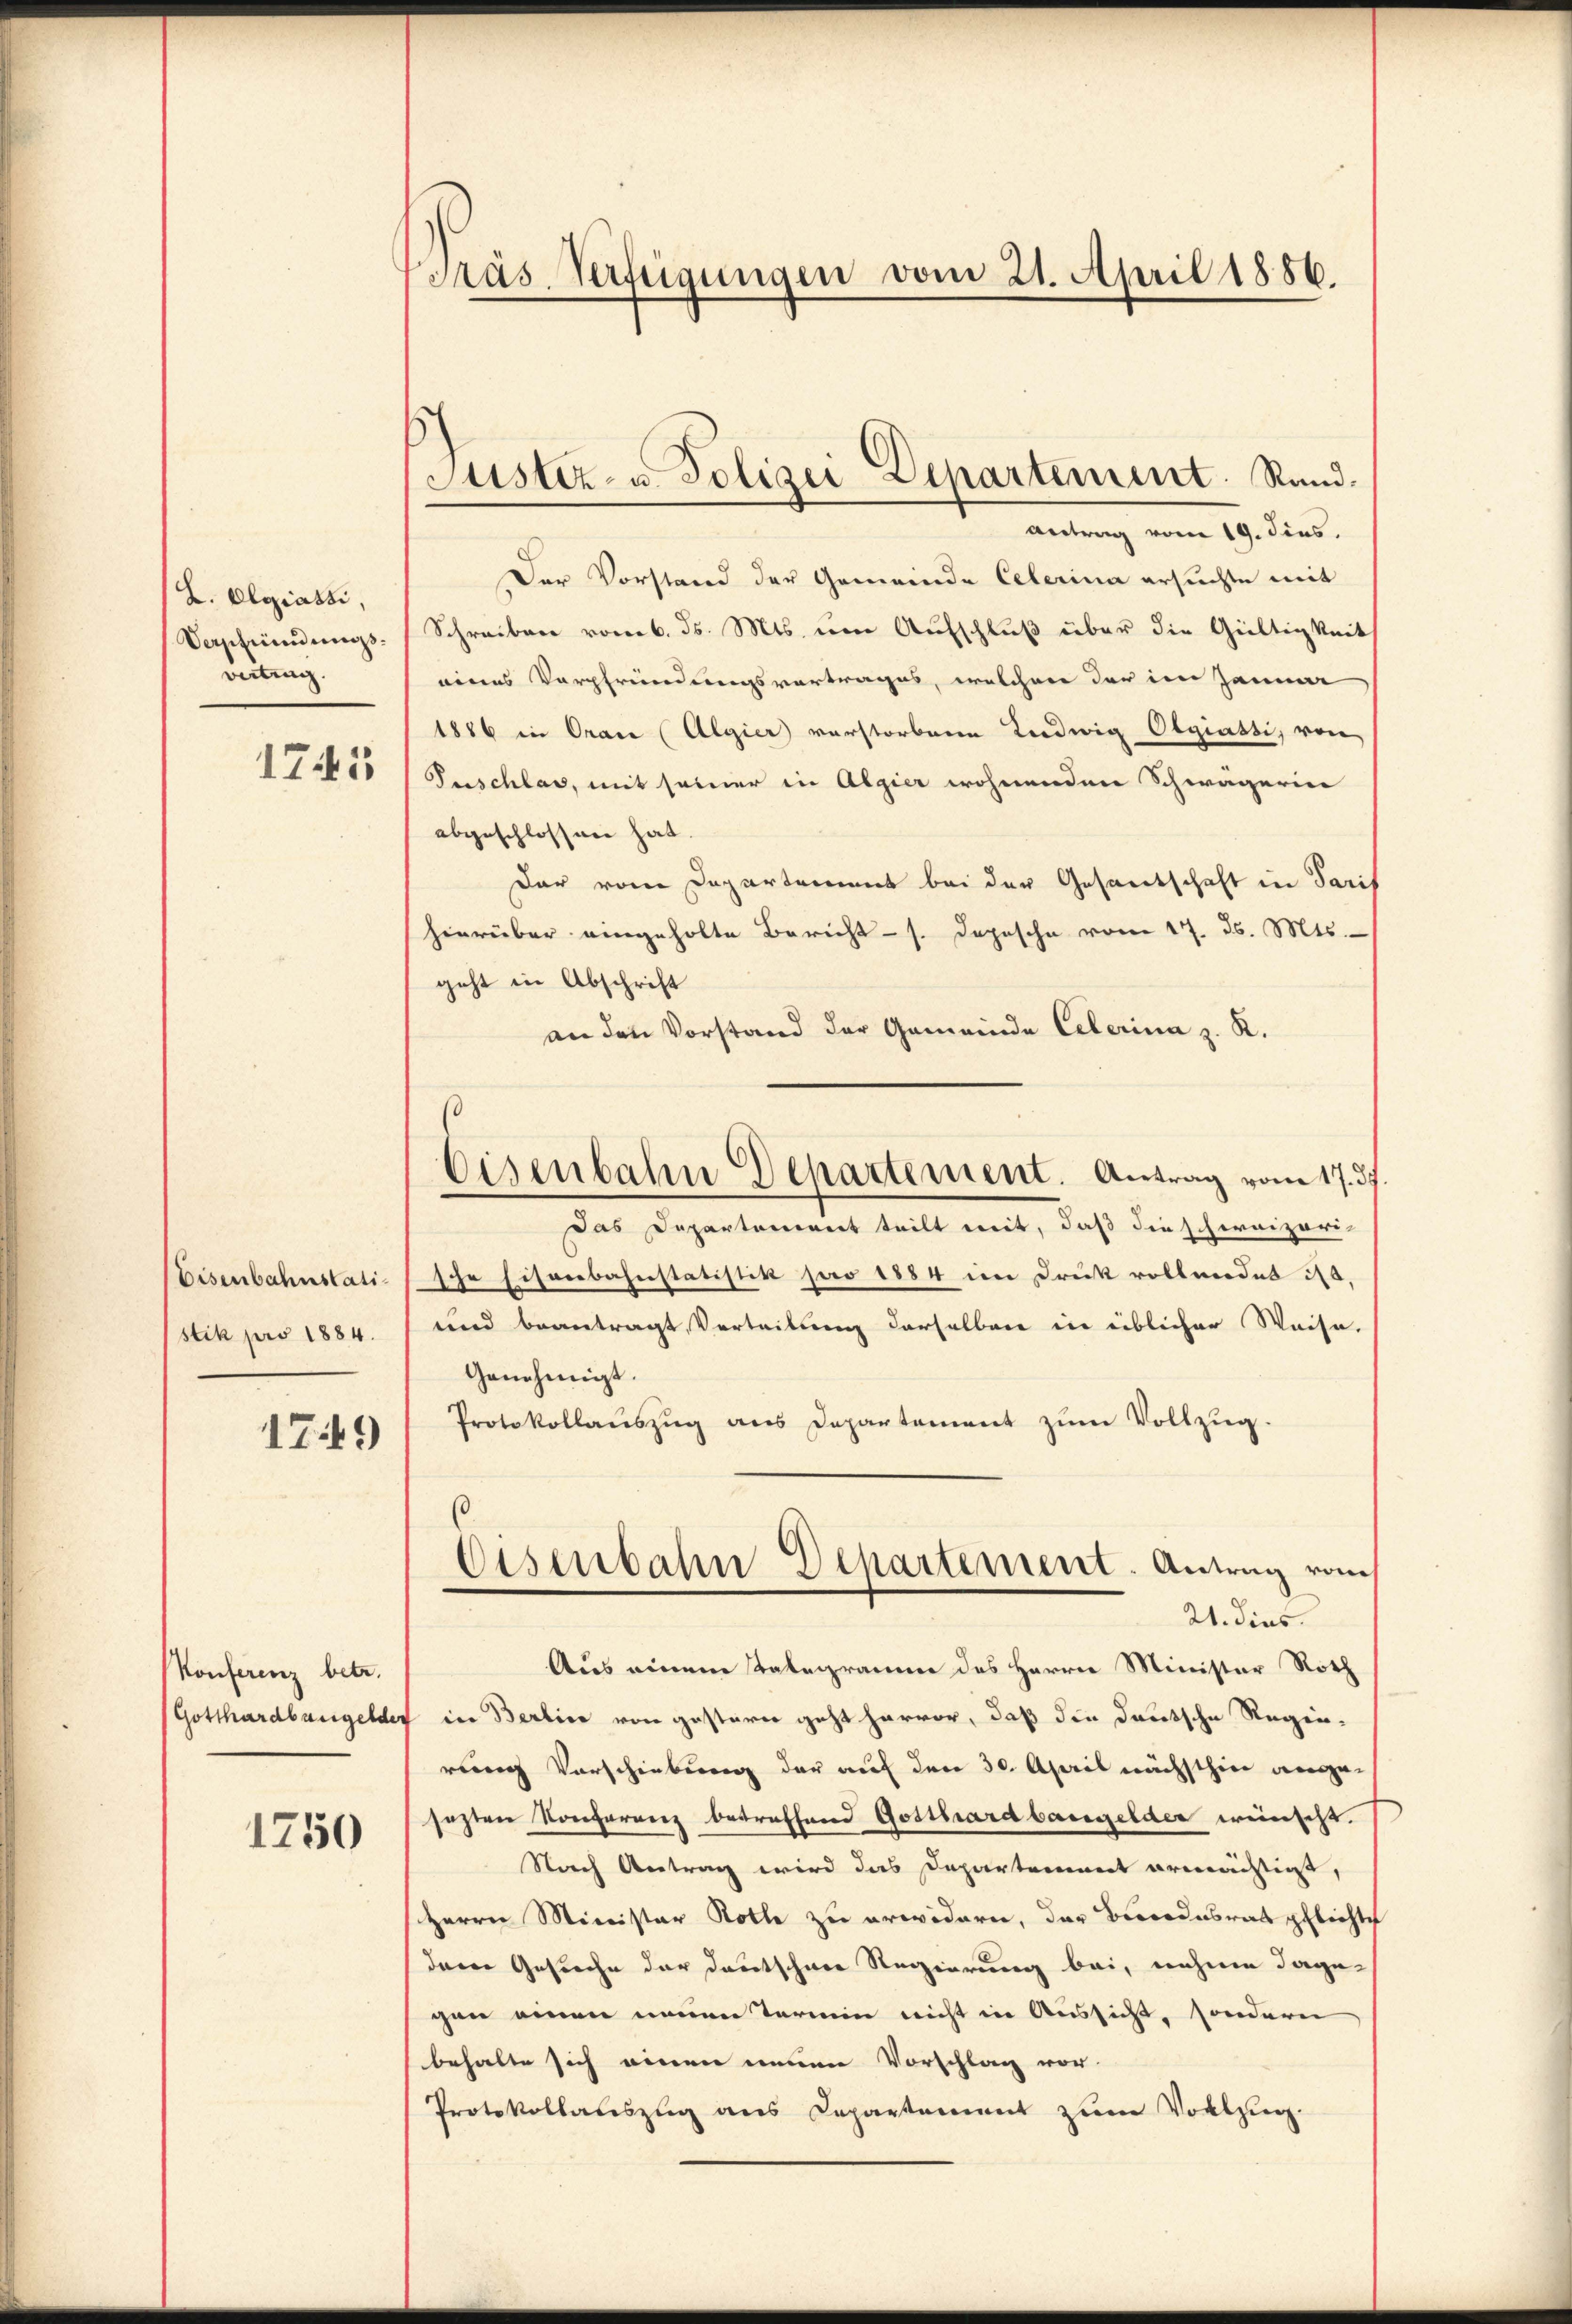
Z. Olgiassi,
Verschindungsvertrag.
1741

Eisenbahnstatistik pro 1884.

1749

Konferenz betr.
1250

Präs. Verfügungen vom 21. April 1886.

Justiz- u. Polizei Departement. Rand.
Antrag vom 19. dies.

Eisenbahn Departement. Antrag vom 17. 37

Der Vorstand der Gemeinde Celerina ersuchte mit
Schreiben vom 6. ds. Mts. um Aufschluß über die Gültigkeit
eines Verpfründungsvortrages, welchen der im Januar
1886 in Oran (Algier verstorbene Ludwig Olgiatti, von
Puschlas, mit seiner in Algier wohnenden Schwägerin
abgeschlossen hat.
dar vom Departement bei der Gesandtschaft in Paris
hierüber eingeholte Bericht - s. Depesche vom 17. ds. Mts.
geht in Abschrift
an den Vorstand der Gemeinde Celerina z. K.
Das Departement teilt mit, daß die schweizerische Eisenbahnstatistik pro 1884 im Druk vollendet ist,
und beantragt, Verteilung derselbare in üblicher Weise.
Genehmigt.
Protokollaŭszŭg ans Departement zŭm Vollzŭg.
.
Eisenbahn Departement. Antrag vom
21. dies
Aus einem Telegramm des Herrn Minister Roth
Gotthardbangelder in Berline von gestern geht hervor, daß die deutsche Regen-
rung Vorschiebung der auf den 30. April nächsthin angesezten Konferenz betreffend Gotthard bangelder wünscht.
Nach Antrag wird das Departement ermächtigt,
Herrn Minister Rolle zu erwidern, der Brodesrat pflichte
deren Gesuche der Deutschner Regierung bei, nahme dagecen einen neuen Termin nicht in Aussicht, sondern
behalte sich einen neuen Vorschlag vor.
Protokollauszug aus Departement zum Vollzug.